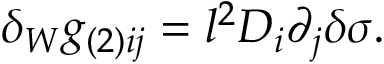
\delta _ { W } g _ { ( 2 ) i j } = l ^ { 2 } D _ { i } \partial _ { j } \delta \sigma .